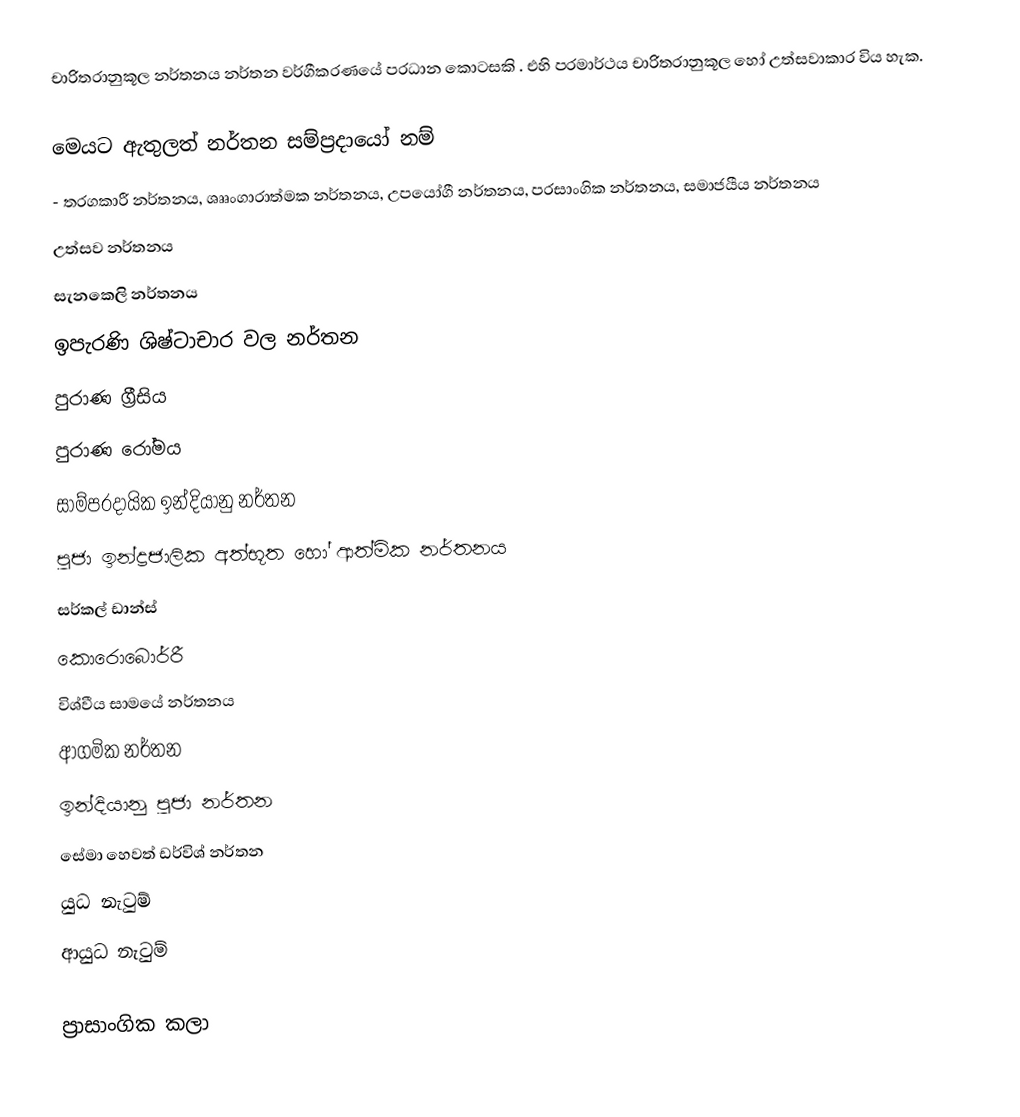
චාරිත‍්‍රානුකූල නර්තනය නර්තන වර්ගීකරණයේ ප‍්‍රධාන කොටසකි . එහි පරමාර්ථය චාරිත‍්‍රානුකූල හෝ උත්සවාකාර විය හැක.

මෙයට ඇතුලත් නර්තන සම්ප‍්‍රදායෝ නම්
 -	තරගකාරී නර්තනය, ශෲංගාරාත්මක නර්තනය, උපයෝගී නර්තනය, ප‍්‍රසාංගික නර්තනය, සමාජයීය නර්තනය
		උත්සව නර්තනය
		සැනකෙලි නර්තනය
	ඉපැරණි ශිෂ්ටාචාර වල නර්තන
	පුරාණ ග‍්‍රීසිය
	පුරාණ රෝමය
	සාම්ප‍්‍රදායික ඉන්දියානු නර්තන
	පූජා ඉන්ද්‍රජාලික අත්භූත හෝ ආත්මික නර්තනය
	සර්කල් ඩාන්ස්
	කොරොබොර්රී
	විශ්වීය සාමයේ නර්තනය
	ආගමික නර්තන
	ඉන්දියානු පූජා නර්තන
	සේමා හෙවත් ඩර්විශ් නර්තන
	යුධ නැටුම්
	ආයුධ නැටුම්

ප්‍රාසාංගික කලා